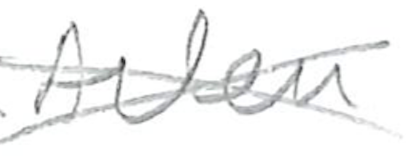
Text: Arlen
Cross-out: mix
Writing tool: pencil